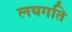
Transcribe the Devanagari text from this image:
लयगति